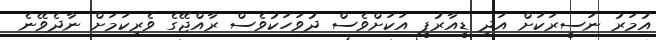
އުމަރު ނަސީރަކަށް އަދި ޑީއާރުޕީ އަކަށްވެސް ދުވަހަކުވެސް ރާއްޖޭގެ ވެރިކަމަށް ނާދެވޭނެ